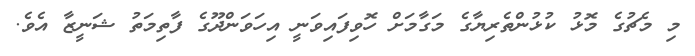
މި މެޗުގެ މޮޅު ކުޅުންތެރިޔާގެ މަގާމަށް ހޮވިފައިވަނީ އިހަވަންދޫގެ ފާތިމަތު ޝަނީޒާ އެވެ.